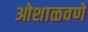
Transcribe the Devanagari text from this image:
ओशाळवणे